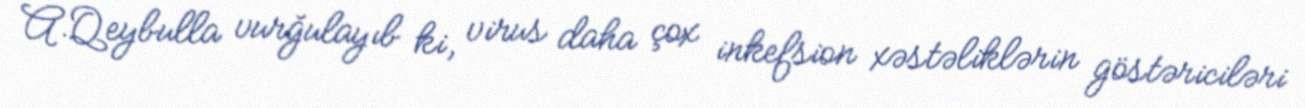
A.Qeybulla vurğulayıb ki, virus daha çox inkefsion xəstəliklərin göstəriciləri